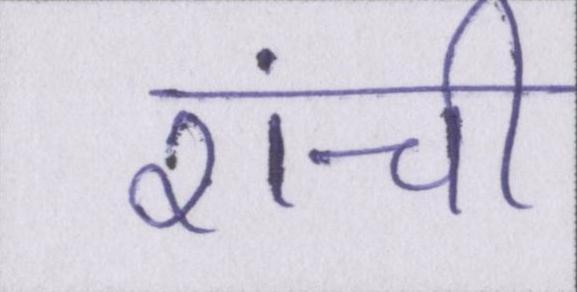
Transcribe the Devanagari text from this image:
रांची